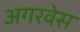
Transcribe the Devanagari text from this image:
अगरवेस